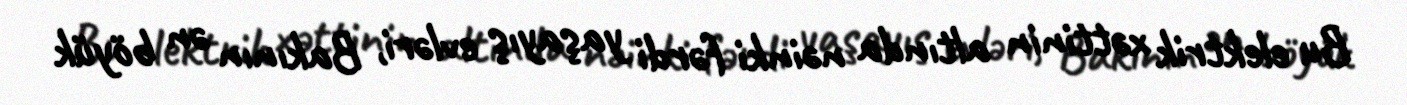
Bu elektrik xəttinin altında nəinki fərdi yaşayış evləri, Bakının ən böyük